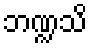
ဘဏ္ဍသိ